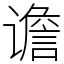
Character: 谵